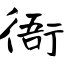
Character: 衙